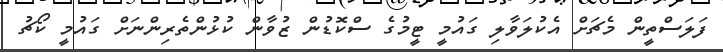
ފަލަސްތީން މެޗަށް އެކުލަވާލި ގައުމީ ޓީމުގެ ސްކޮޑުން ޒުވާން ކުޅުންތެރިންނަށް ގައުމީ ކޯޗު